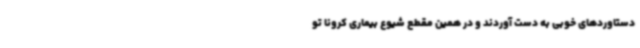
دستاوردهای خوبی به دست آوردند و در همین مقطع شیوع بیماری کرونا تو